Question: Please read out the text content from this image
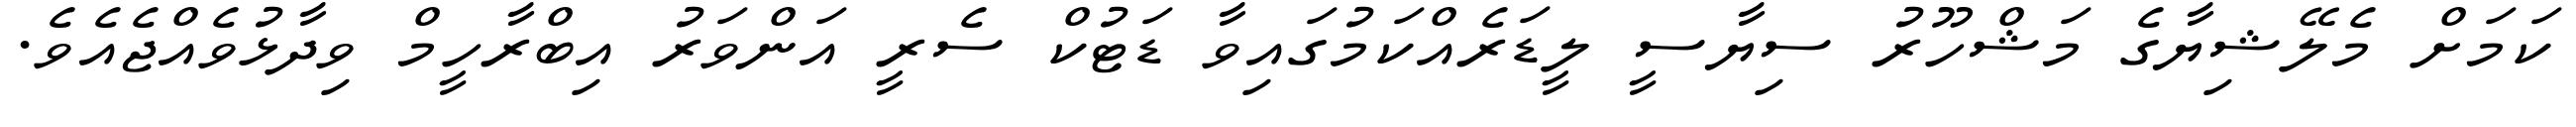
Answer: ކަމަށް މެލޭޝިޔާގެ މަޝްހޫރު ސިޔާސީ ލީޑަރެއްކަމުގައިވާ ޑަޓުކް ސެރީ އަންވަރު އިބްރާހީމް ވިދާޅުވެއްޖެއެވެ.